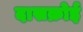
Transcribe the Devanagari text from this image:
दासक्रोई